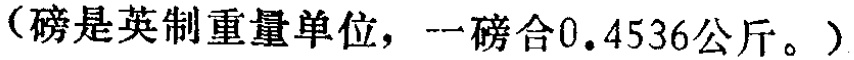
（磅是英制重量单位，一磅合0.4536公斤。）